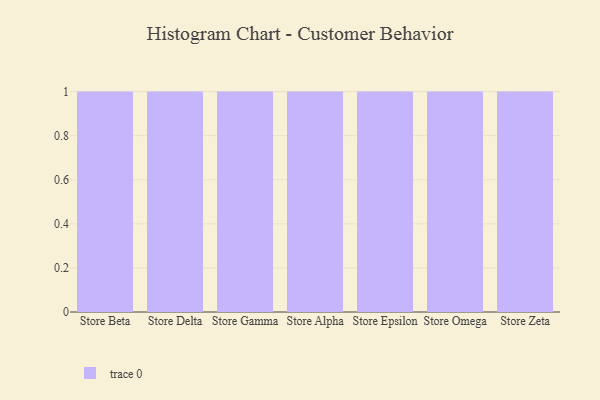
{"axis": {"x": "Store", "y": "Satisfaction Score"}, "legend": [""], "data": [{"x": "Store Beta", "y": 92, "type": ""}, {"x": "Store Delta", "y": 81, "type": ""}, {"x": "Store Gamma", "y": 2, "type": ""}, {"x": "Store Alpha", "y": 36, "type": ""}, {"x": "Store Epsilon", "y": 83, "type": ""}, {"x": "Store Omega", "y": 45, "type": ""}, {"x": "Store Zeta", "y": 99, "type": ""}]}